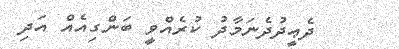
ދެޢީދުދެނަމާދު ކުރެއްވީ ބަންގިއެއް އަދި